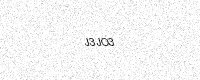
Text: J3JO3